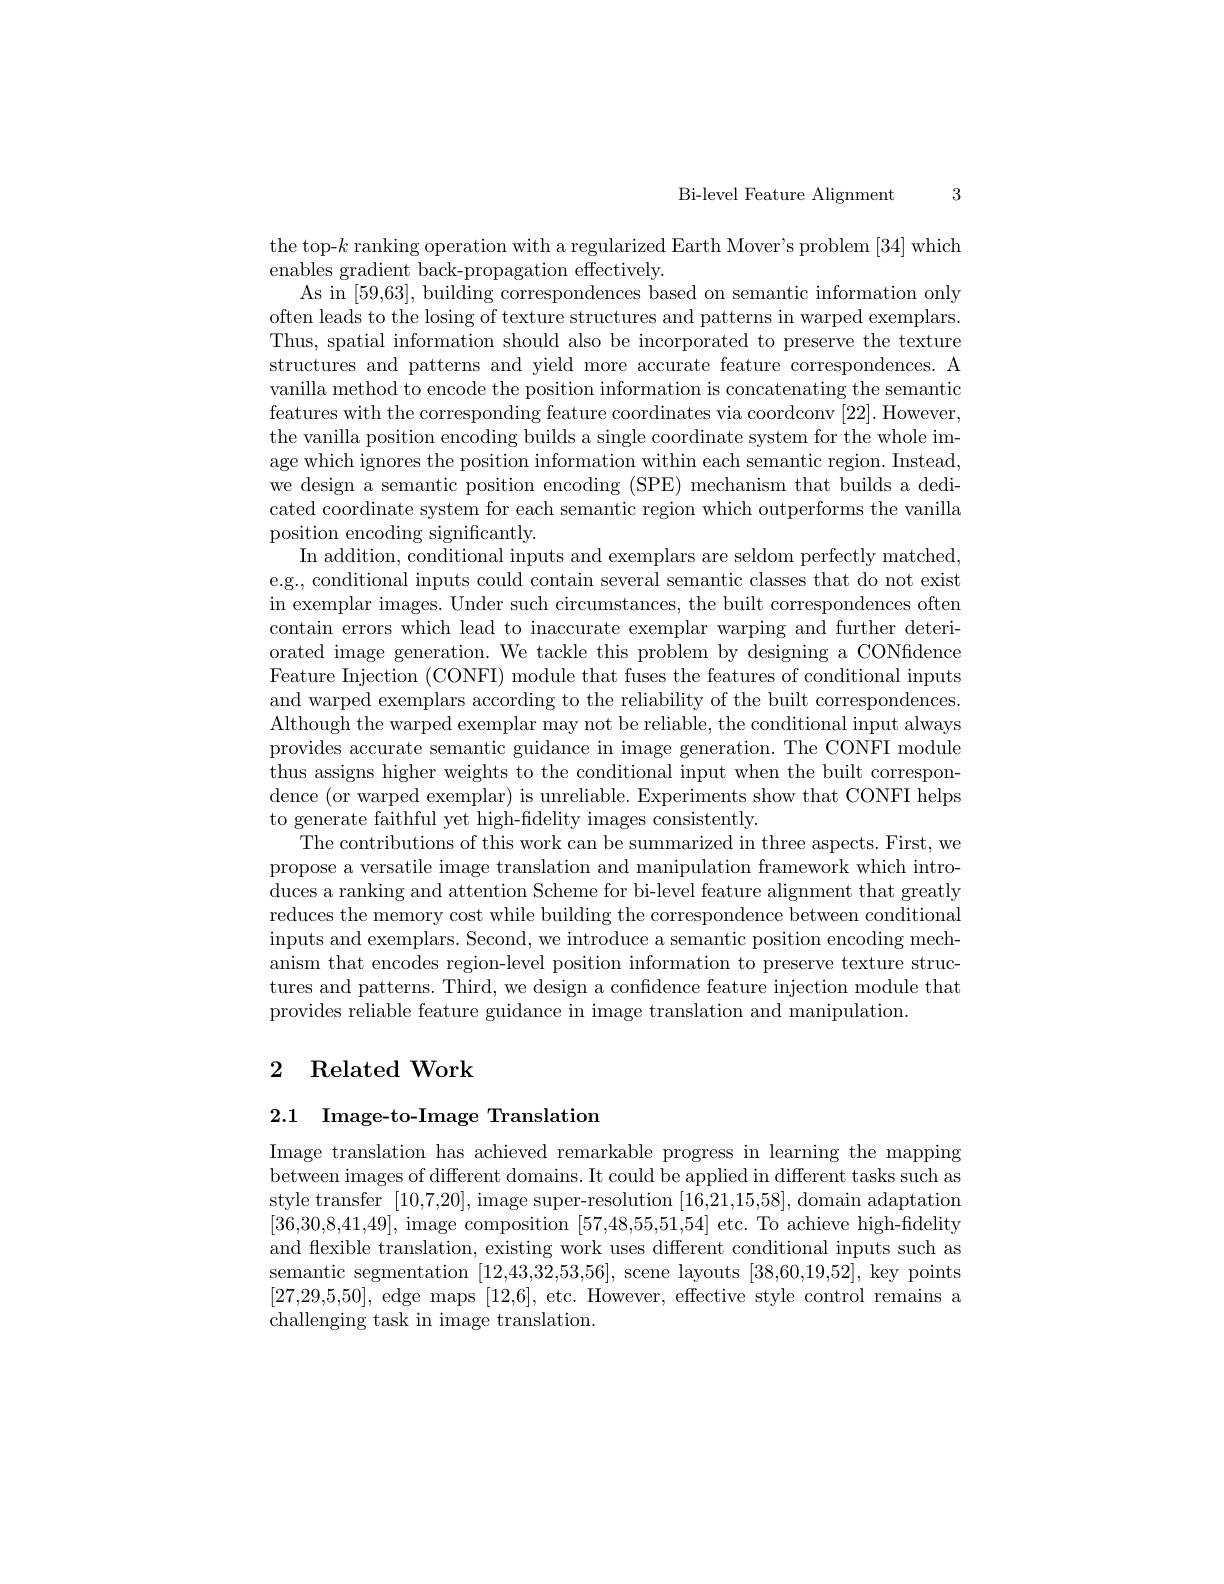
Bi-level Feature Alignment 3

the top-$k$ ranking operation with a regularized Earth Mover's problem [34] which
enables gradient back-propagation effectively.
As in [59,63], building correspondences based on semantic information only often leads to the losing of texture structures and patterns in warped exemplars. Thus, spatial information should also be incorporated to preserve the texture structures and patterns and yield more accurate feature correspondences. A vanilla method to encode the position information is concatenating the semantic features with the corresponding feature coordinates via coordconv [22]. However, the vanilla position encoding builds a single coordinate system for the whole image which ignores the position information within each semantic region. Instead, we design a semantic position encoding (SPE) mechanism that builds a dedicated coordinate system for each semantic region which outperforms the vanilla position encoding significantly.
In addition, conditional inputs and exemplars are seldom perfectly matched, e.g., conditional inputs could contain several semantic classes that do not exist in exemplar images. Under such circumstances, the built correspondences often contain errors which lead to inaccurate exemplar warping and further deteriorated image generation. We tackle this problem by designing a CONfidence Feature Injection (CONFI) module that fuses the features of conditional inputs and warped exemplars according to the reliability of the built correspondences. Although the warped exemplar may not be reliable, the conditional input always provides accurate semantic guidance in image generation. The CONFI module thus assigns higher weights to the conditional input when the built correspondence (or warped exemplar) is unreliable. Experiments show that CONFI helps to generate faithful yet high-fidelity images consistently.
The contributions of this work can be summarized in three aspects. First, we propose a versatile image translation and manipulation framework which introduces a ranking and attention Scheme for bi-level feature alignment that greatly reduces the memory cost while building the correspondence between conditional inputs and exemplars. Second, we introduce a semantic position encoding mech- anism that encodes region-level position information to preserve texture structures and patterns. Third, we design a confidence feature injection module that provides reliable feature guidance in image translation and manipulation.

# 2 Related Work

# 2.1 Image-to-Image Translation

Image translation has achieved remarkable progress in learning the mapping between images of different domains. It could be applied in different tasks such as style transfer [10,7,20],image super-resolution [16,21,15,58],domain adaptation [36,30,8,41,49], image composition [57,48,55,51,54] etc. To achieve high-fidelity and flexible translation, existing work uses different conditional inputs such as semantic segmentation [12,43,32,53,56], scene layouts [38,60,19,52], key points [27,29,5,50], edge maps [12,6], etc. However, effective style control remains a challenging task in image translation.